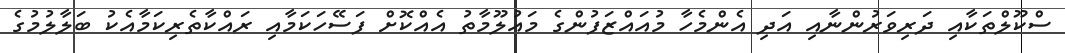
ސްކޫލްތަކާއި ދަރިވަރުންނާއި އަދި އެންމެހާ މުއައްޒަފުންގެ މައުލޫމާތު އެއްކޮށް ފަސޭހަކަމާއި ރައްކާތެރިކަމާއެކު ބަލާލުމުގެ